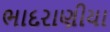
ભાદરાણીયા